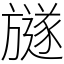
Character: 𣄚